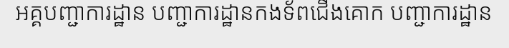
អគ្គបញ្ជាការដ្ឋាន បញ្ជាការដ្ឋានកងទ័ពជើងគោក បញ្ជាការដ្ឋាន